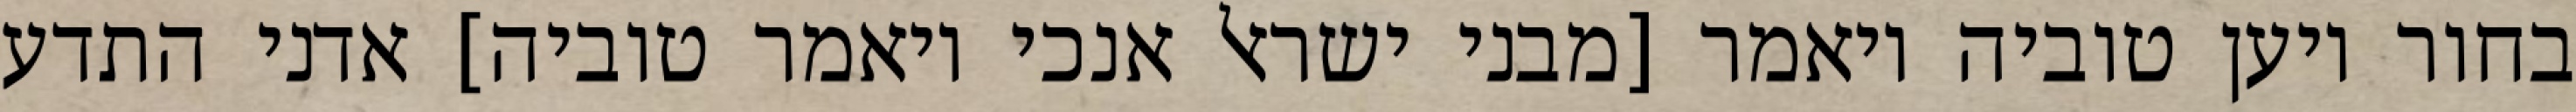
בחור ויען טוביה ויאמר [מבני ישראל אנכי ויאמר טוביה] אדני התדע